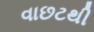
વાછટથી